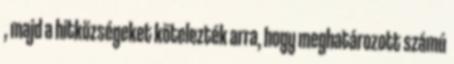
, majd a hitközségeket kötelezték arra, hogy meghatározott számú